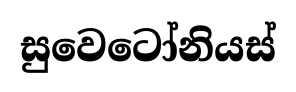
සුවෙටෝනියස්